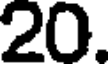
20.